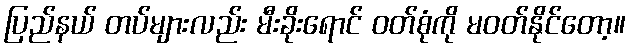
ပြည်နယ် တပ်များလည်း မီးခိုးရောင် ဝတ်စုံကို မဝတ်နိုင်တော့။